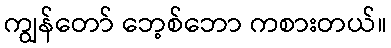
ကျွန်တော် ဘေ့စ်ဘော ကစားတယ်။